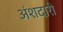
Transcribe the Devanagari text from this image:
अंशदारी